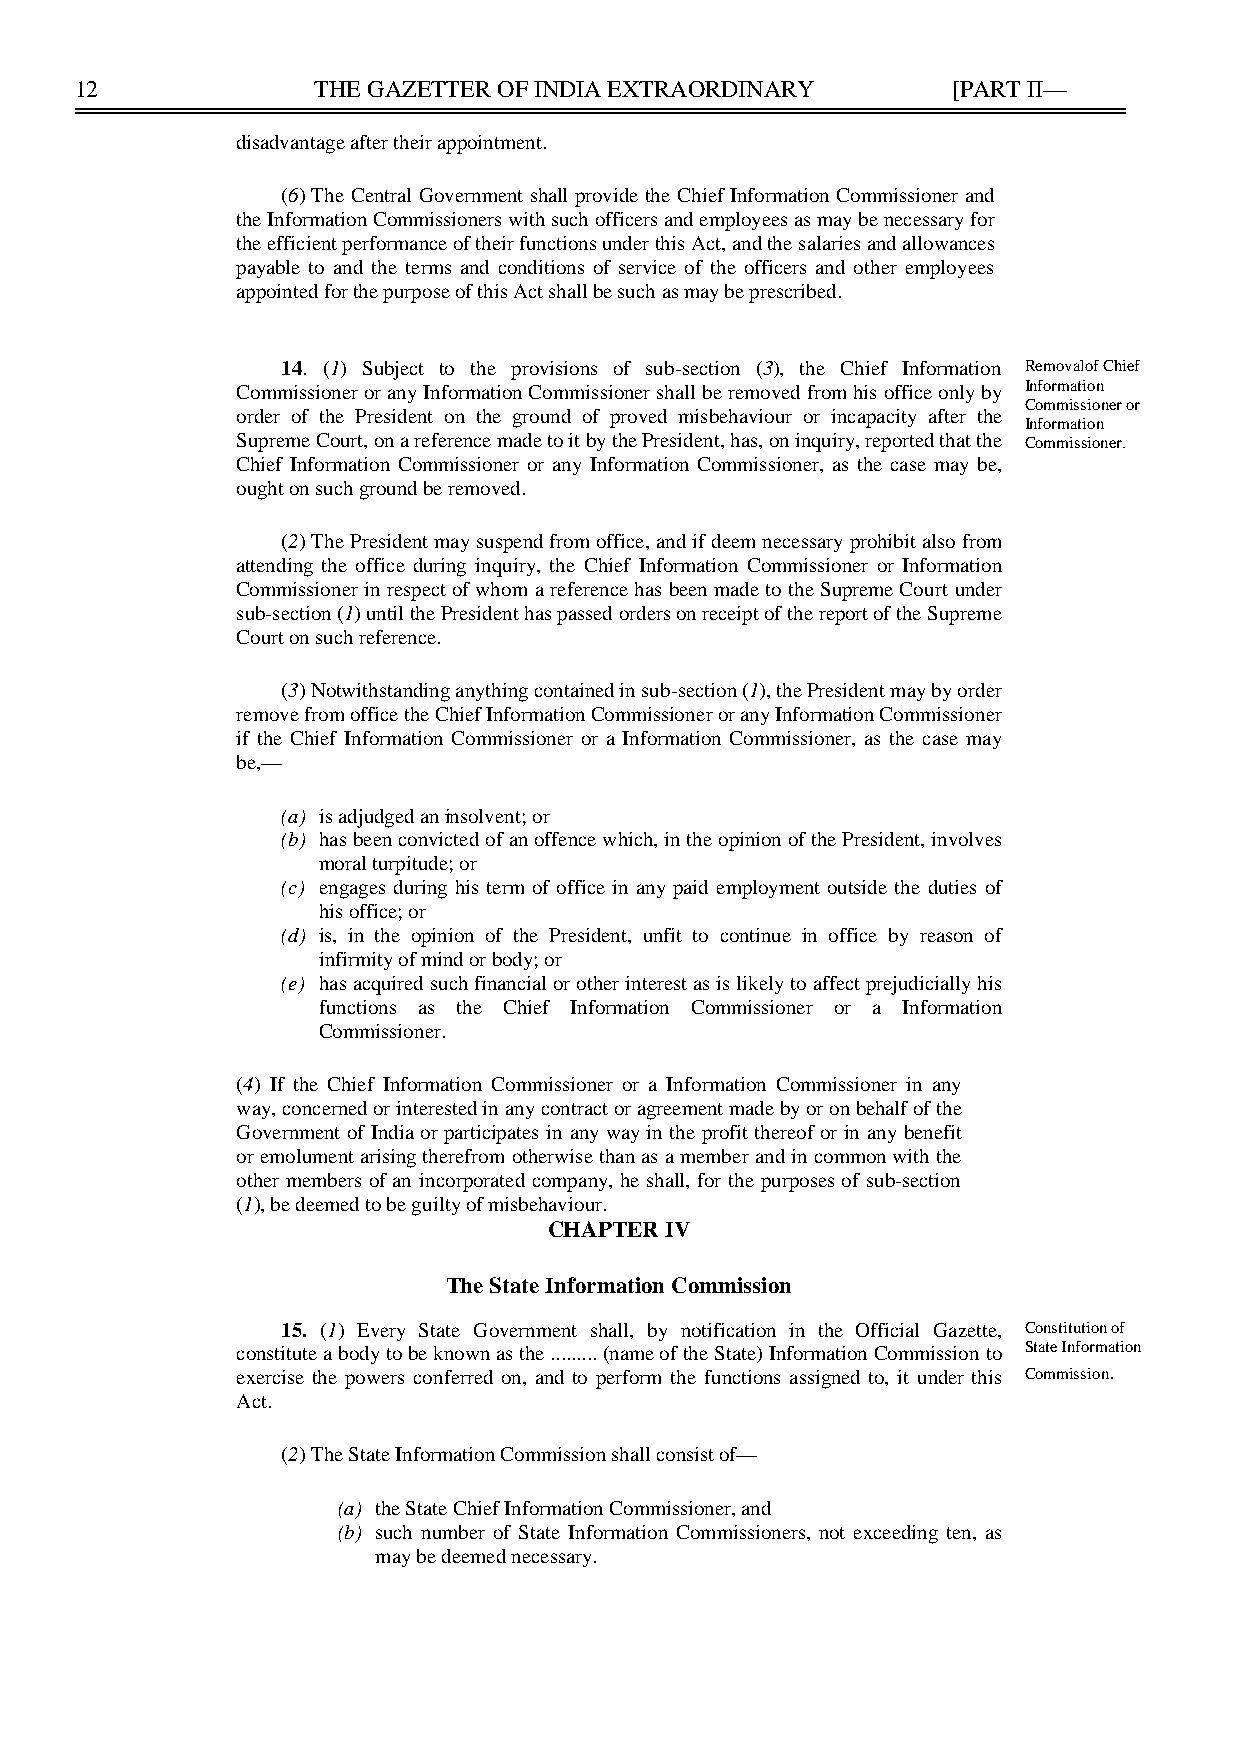
12              THE GAZETTER OF INDIA EXTRAORDINARY       [PART II—
 disadvantage after their appointment.
 (6) The Central Government shall provide the Chief Information Commissioner and
 the Information Commissioners with such officers and employees as may be necessary for
 the efficient performance of their functions under this Act, and the salaries and allowances
 payable to and the terms and conditions of service of the officers and other employees
 appointed for the purpose of this Act shall be such as may be prescribed.
 14. (1) Subject to the provisions of sub-section (3), the Chief Information Removalof Chief
 Commissioner or any Information Commissioner shall be removed from his office only by Information
 Commissioner or
 order of the President on the ground of proved misbehaviour or incapacity after the
 Information
 Supreme Court, on a reference made to it by the President, has, on inquiry, reported that the Commissioner.
 Chief Information Commissioner or any Information Commissioner, as the case may be,
 ought on such ground be removed.
 (2) The President may suspend from office, and if deem necessary prohibit also from
 attending the office during inquiry, the Chief Information Commissioner or Information
 Commissioner in respect of whom a reference has been made to the Supreme Court under
 sub-section (1) until the President has passed orders on receipt of the report of the Supreme
 Court on such reference.
 (3) Notwithstanding anything contained in sub-section (1), the President may by order
 remove from office the Chief Information Commissioner or any Information Commissioner
 if the Chief Information Commissioner or a Information Commissioner, as the case may
 be,—
 (a) is adjudged an insolvent; or
 (b) has been convicted of an offence which, in the opinion of the President, involves
 moral turpitude; or
 (c) engages during his term of office in any paid employment outside the duties of
 his office; or
 (d) is, in the opinion of the President, unfit to continue in office by reason of
 infirmity of mind or body; or
 (e) has acquired such financial or other interest as is likely to affect prejudicially his
 functions as the Chief Information Commissioner or a Information
 Commissioner.
 (4) If the Chief Information Commissioner or a Information Commissioner in any
 way, concerned or interested in any contract or agreement made by or on behalf of the
 Government of India or participates in any way in the profit thereof or in any benefit
 or emolument arising therefrom otherwise than as a member and in common with the
 other members of an incorporated company, he shall, for the purposes of sub-section
 (1), be deemed to be guilty of misbehaviour.
 CHAPTER IV
 The State Information Commission
 15. (1) Every State Government shall, by notification in the Official Gazette, Constitution of
 constitute a body to be known as the ......... (name of the State) Information Commission to State Information
 .
 exercise the powers conferred on, and to perform the functions assigned to, it under this Commission
 Act.
 (2) The State Information Commission shall consist of—
 (a) the State Chief Information Commissioner, and
 (b) such number of State Information Commissioners, not exceeding ten, as
 may be deemed necessary.